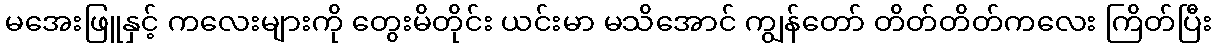
မအေးဖြူနှင့် ကလေးများကို တွေးမိတိုင်း ယင်းမာ မသိအောင် ကျွန်တော် တိတ်တိတ်ကလေး ကြိတ်ပြီး